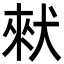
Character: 猌